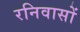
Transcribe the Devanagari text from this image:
रनिवासों